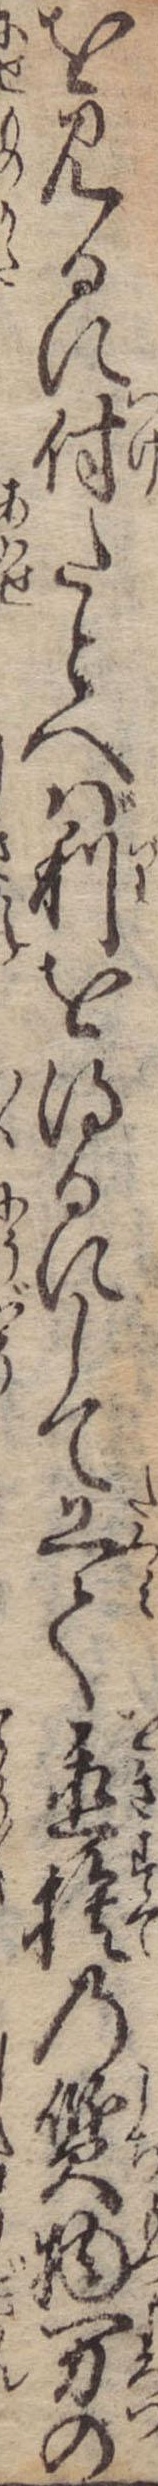
を見るに付たとへば利を得るにして工て置捨の質物万の